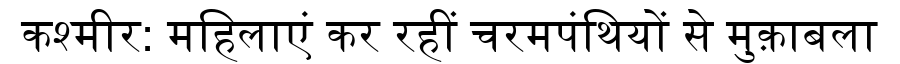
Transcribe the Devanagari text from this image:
कश्मीर: महिलाएं कर रहीं चरमपंथियों से मुक़ाबला